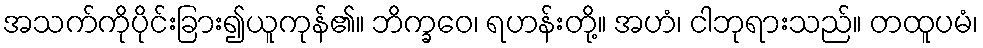
အသက်ကိုပိုင်းခြား၍ယူကုန်၏။ ဘိက္ခဝေ၊ ရဟန်းတို့။ အဟံ၊ ငါဘုရားသည်။ တထူပမံ၊